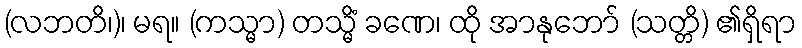
(လဘတိ၊)၊ မရ။ (ကသ္မာ) တသ္မိံ ခဏေ၊ ထို အာနုဘော် (သတ္တိ) ၏ရှိရာ